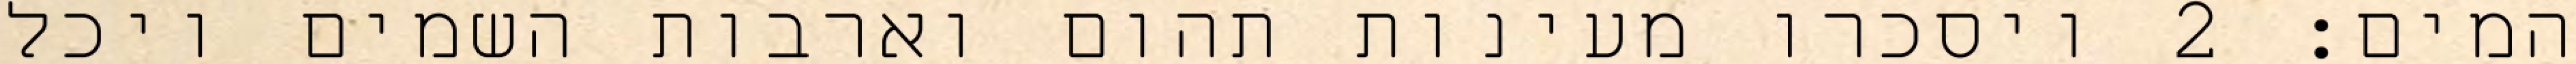
המים׃ ‎2‏ ויסכרו מעינות תהום וארבות השמים ויכל